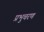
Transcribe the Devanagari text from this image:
प्रभुचरण